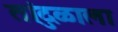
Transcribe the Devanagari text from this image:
तांदुळाला